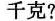
千克?